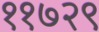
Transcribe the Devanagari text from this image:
११७२९